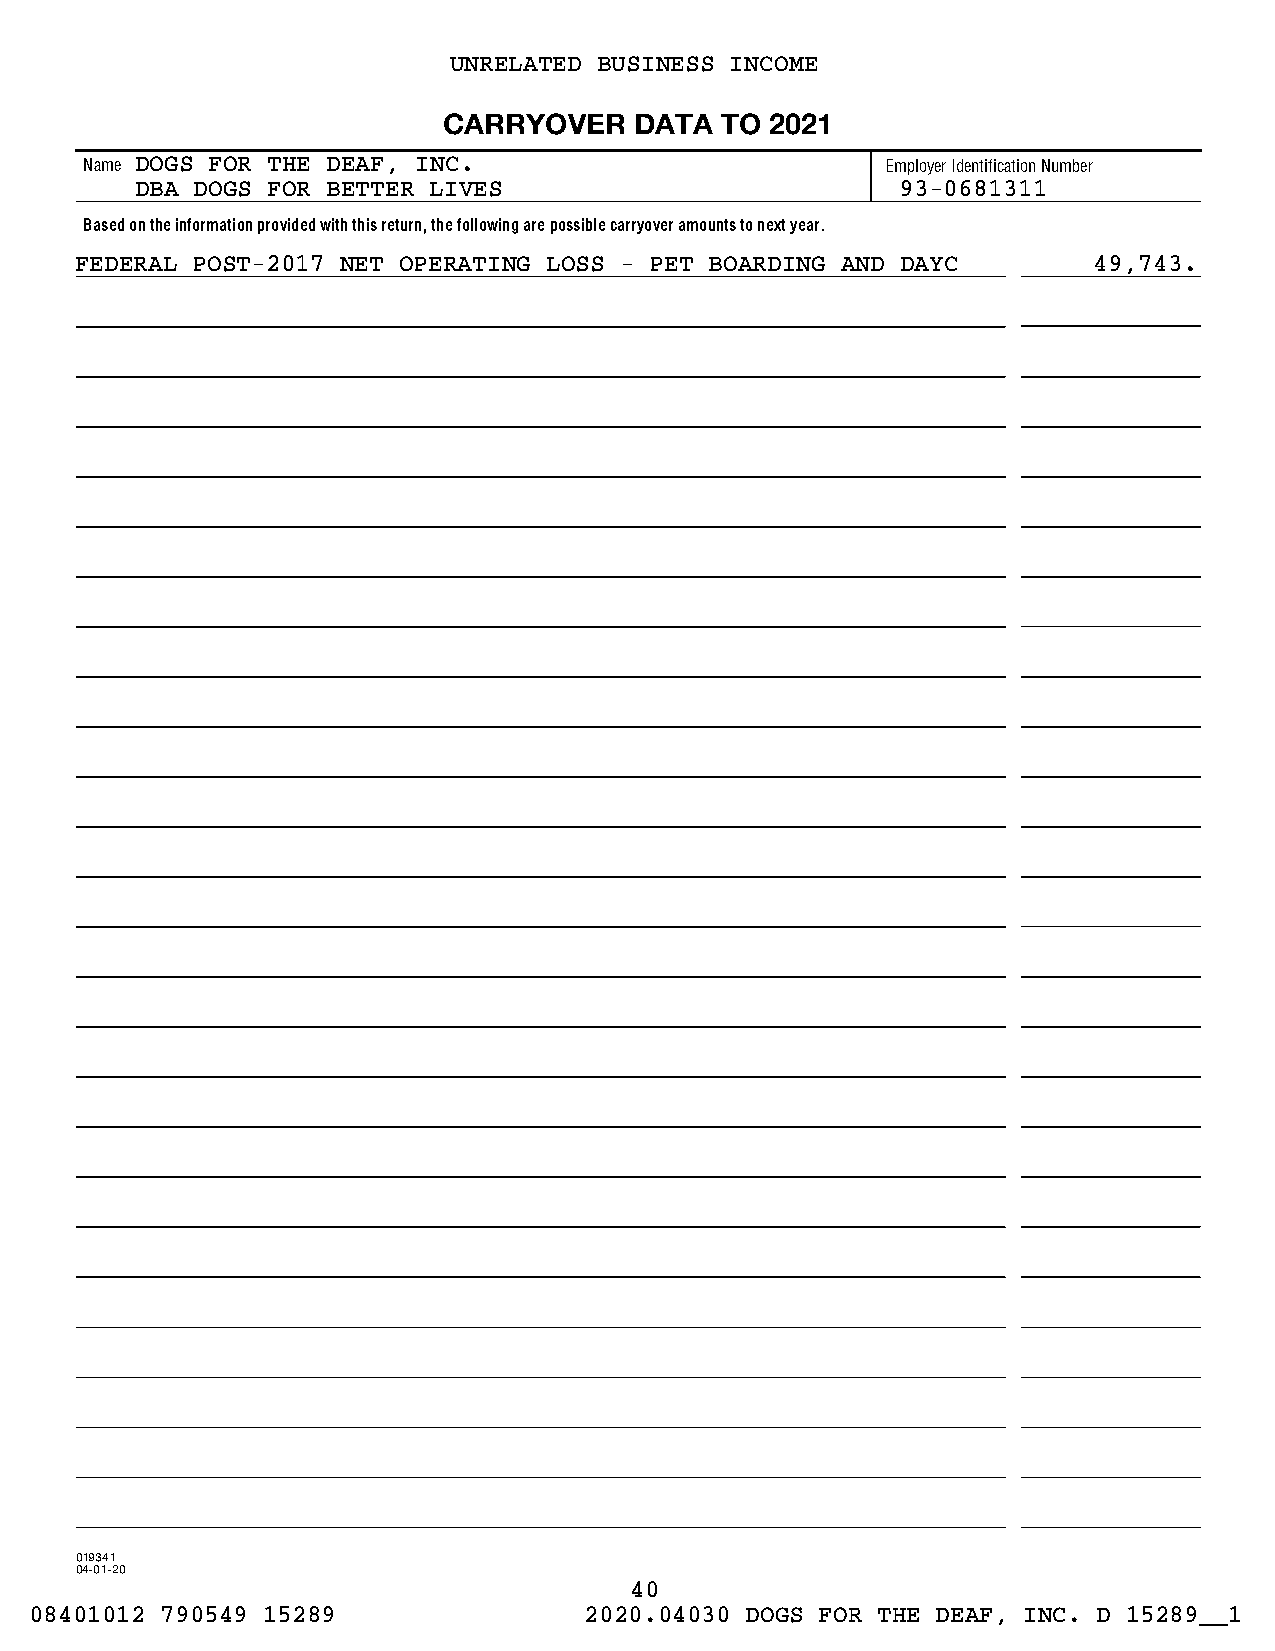
UNRELATED BUSINESS INCOME
 CARRYOVER    DATA  TO 2021
 Name DOGS FOR THE DEAF, INC.                         Employer Identification Number
 DBA DOGS FOR BETTER LIVES                          93-0681311
 Based on the information provided with this return, the following are possible carryover amounts to next year.
 FEDERAL POST-2017 NET OPERATING LOSS - PET BOARDING AND DAYC       49,743.
 019341
 04-01-20
 40
 08401012 790549 15289                2020.04030 DOGS FOR THE DEAF, INC. D 15289__1